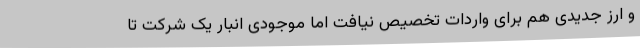
و ارز جدیدی هم برای واردات تخصیص نیافت اما موجودی انبار یک شرکت تا